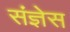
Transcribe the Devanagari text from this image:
संज्ञेस